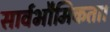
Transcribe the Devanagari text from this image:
सार्वभौमिकता।